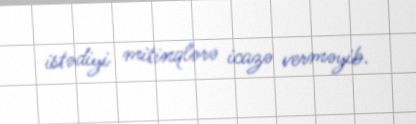
istədiyi mitinqlərə icazə verməyib.